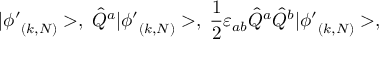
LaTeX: | { \phi ^ { \prime } } _ { ( k , N ) } > , \; \hat { Q } ^ { a } | { \phi ^ { \prime } } _ { ( k , N ) } > , \; \frac { 1 } { 2 } \varepsilon _ { a b } \hat { Q } ^ { a } \hat { Q } ^ { b } | { \phi ^ { \prime } } _ { ( k , N ) } > ,